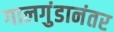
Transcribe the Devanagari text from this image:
गालगुंडानंतर